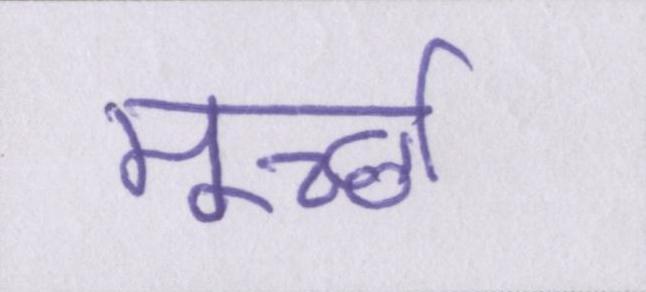
मूर्च्छा